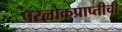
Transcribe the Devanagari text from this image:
परलोकप्राप्तीची